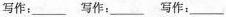
写作:___ 写作:___ 写作:___